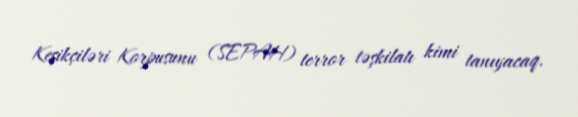
Keşikçiləri Korpusunu (SEPAH) terror təşkilatı kimi tanıyacaq.